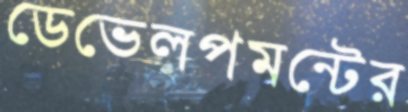
ডেভেলপমন্টের